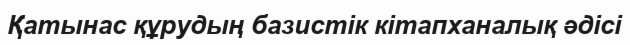
Қатынас құрудың базистік кітапханалық әдісі